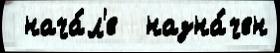
 нача́л'е  назна́чен